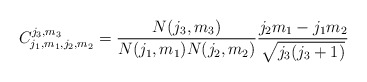
\begin{align*}C_{j_{1},m_{1},j_{2},m_{2}}^{j_{3},m_3} =\frac{N(j_{3},m_{3})}{ N(j_{1},m_{1}) N(j_{2},m_{2}) }\frac{j_{2} m_{1} - j_{1} m_{2} }{\sqrt{j_3(j_3 +1)} }\end{align*}